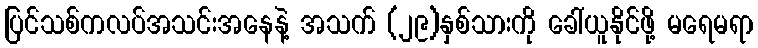
ပြင်သစ်ကလပ်အသင်းအနေနဲ့ အသက် (၂၉)နှစ်သားကို ခေါ်ယူနိုင်ဖို့ မရေမရာ